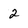
Character: 2